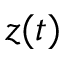
z ( t )